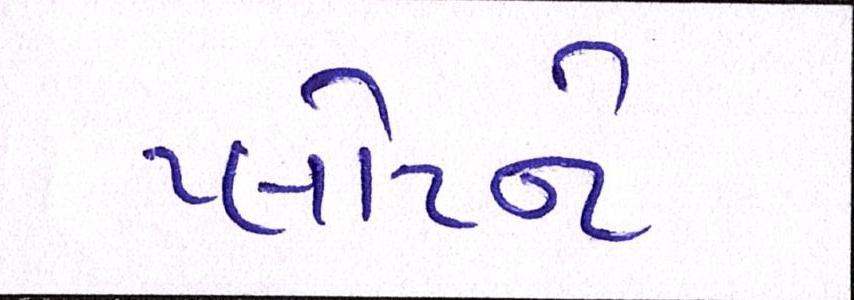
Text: પ્લોટને